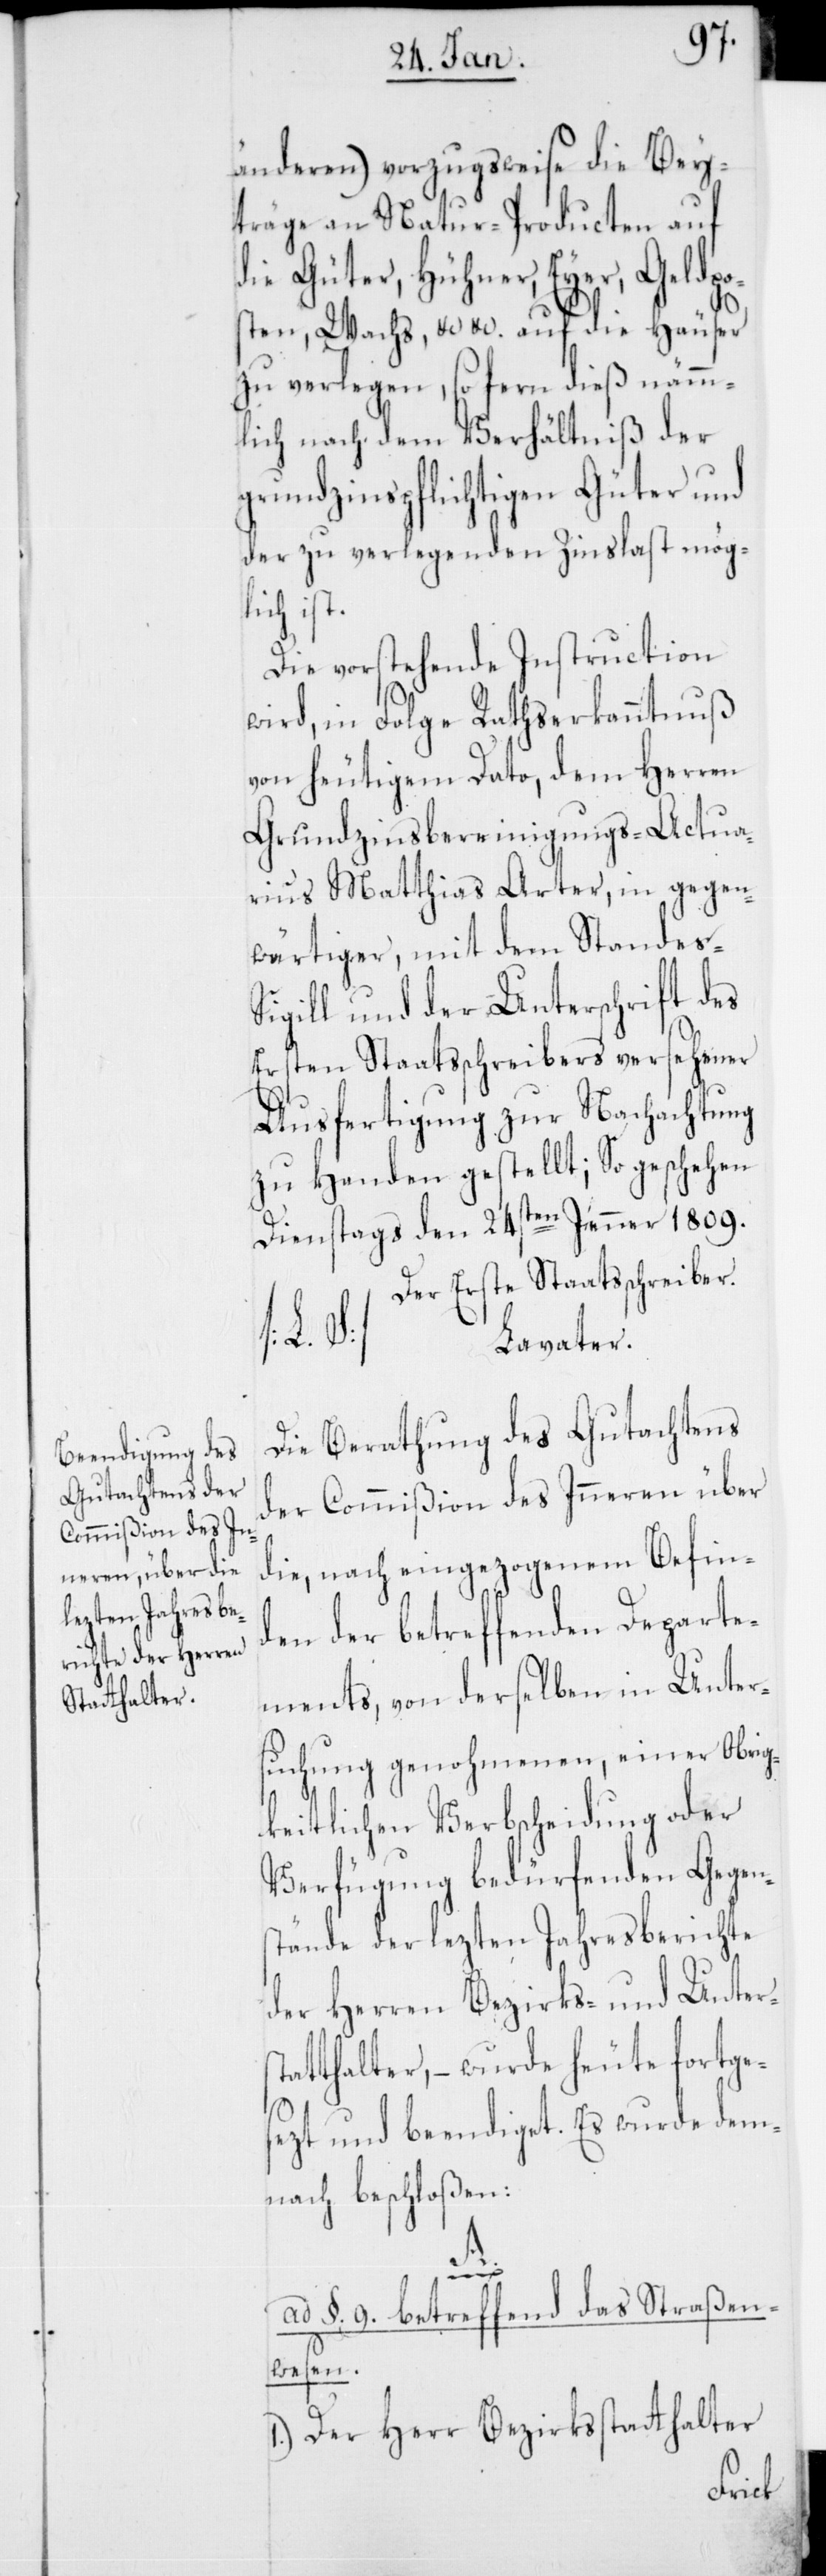
änderen) vorzugsweise die Bey¬
träge an Natur-Producten auf
die Güter, Hühner, Eyer, Geldpo¬
sten, Wachs, etc.etc. auf die Häuser
zu verlegen, sofern dieß nämm¬
lich nach dem Verhältniß der
grundzinspflichtigen Güter und
der zu verlegenden Zinslast mög¬
lich ist.
Die vorstehende Instruction
wird, in Folge Ratserkanntnuß
von heutigem Dato, dem Herren
Grundzinsbereinigungs-Actua¬
rius Matthias Arter, in gegen¬
wärtiger, mit dem Standes-S¬
igill und der Unterschrift des
Ersten Staatsschreibers versehener
Ausfertigung zur Nachachtung
zu Handen gestellt; So geschehen
Dienstags den 24sten Jenner 1809.
Der erste Staatsschreiber.
D.]L¬
avater.
Die Berathung des Gutachtens
der Commißion des Inneren über
die, nach eingezogenem Befind¬
en der betreffenden Departe¬
ments, von derselben in Unters¬
uchung genohmenen, einer Obrig¬
keitlichen Verbscheidung oder
Verfügung bedürfenden Gegen¬
stände der lezten Jahresberichte
der Herren Bezirks- und Unter¬
atthalter, – wurde heute fortge¬
sezt und beendiget. Es wurde dem¬
nach beschloßen:
A.
ad § 9, betreffend das Straßen¬
wesen.
1.) Der Herr Bezirksstatthalter